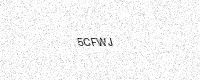
Text: 5CFWJ